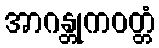
အာဂန္တုကဝတ္တံ